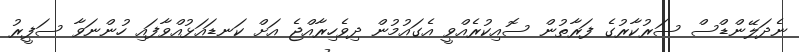
ނެދަލޭންޑްސް ސަރުކާރުގެ ފަރާތުން ސޮއިކުރެއްވީ އެގައުމުން ދިވެހިރާއްޖެ އަށް ކަނޑައަޅުއްވާފައި ހުންނަވާ ސަފީރު